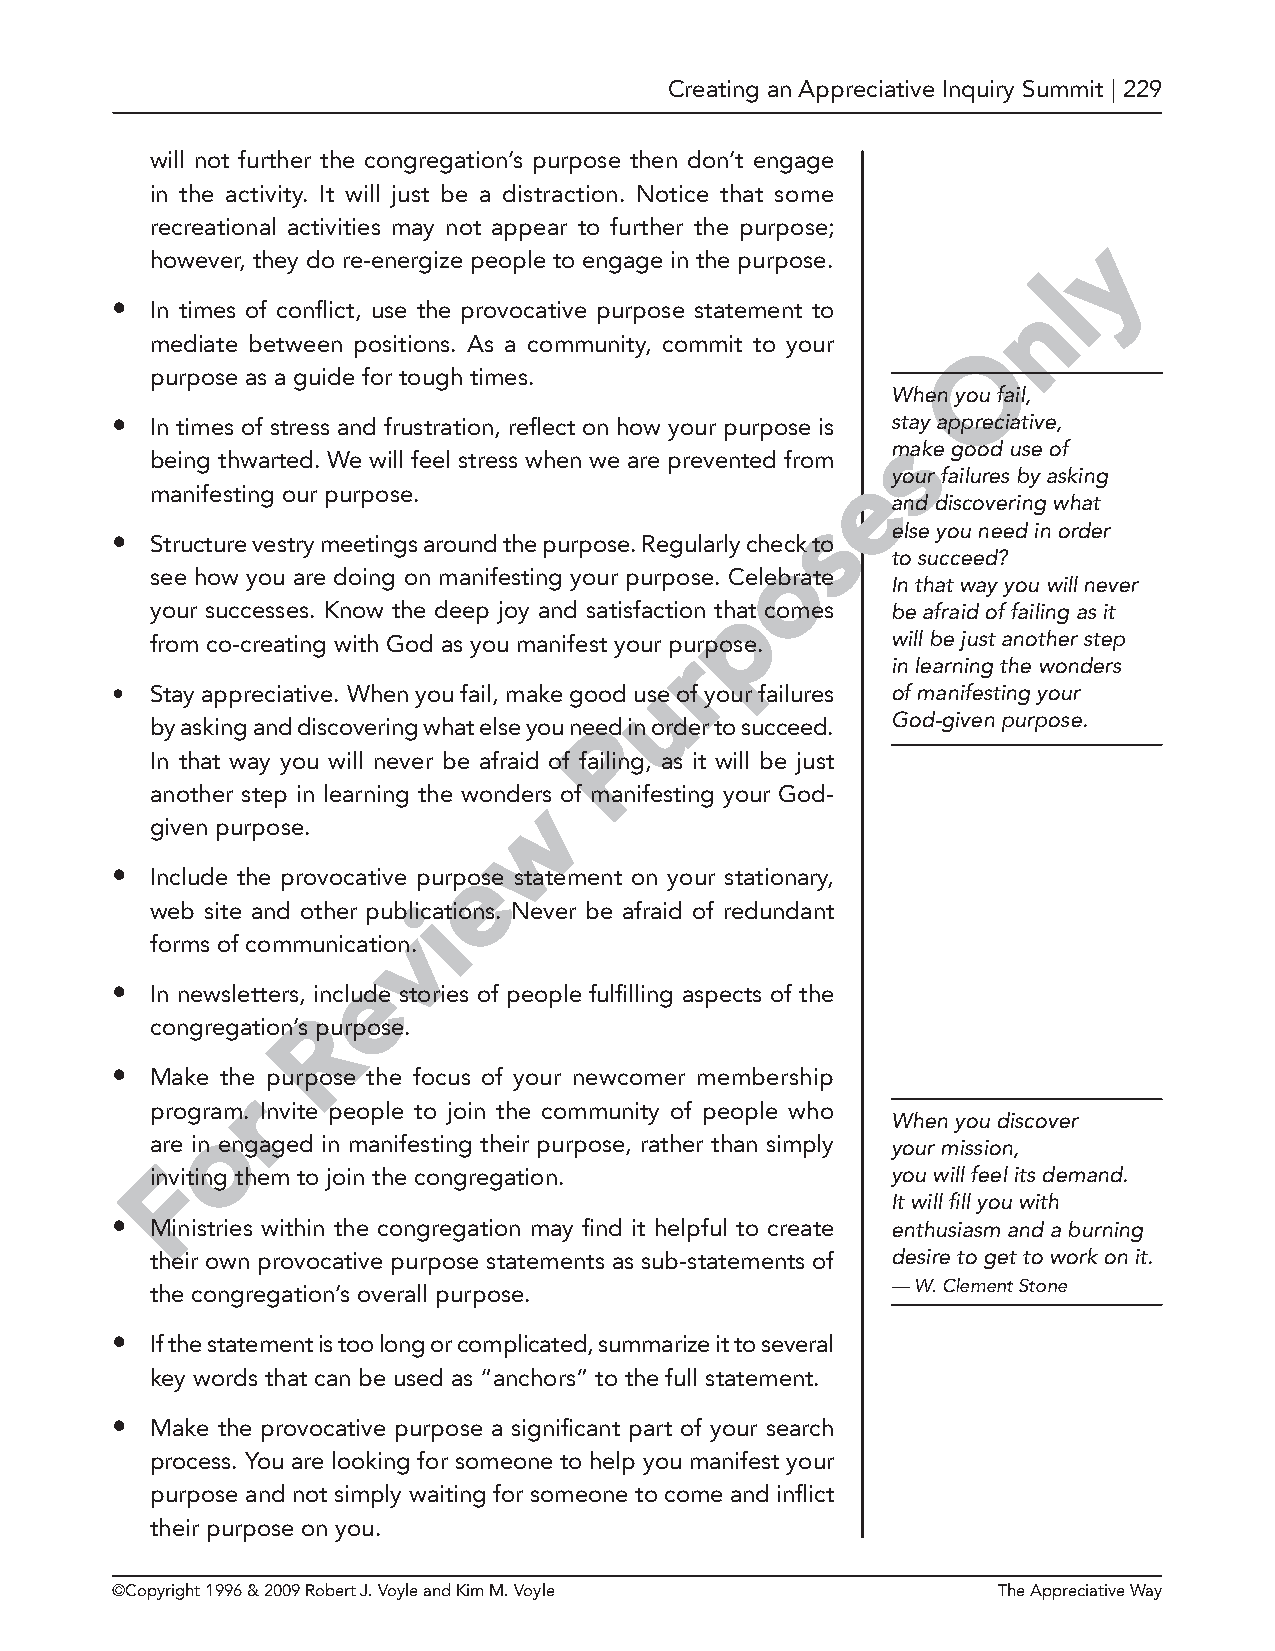
Creating an Appreciative Inquiry Summit | 229
 will not further the congregation’s purpose then don’t engage
 in the activity. It will just be a distraction. Notice that some
 recreational activities may not appear to further the purpose;
 y
 however, they do re-energize people to engage in the purpose.
 l
 •  In times of conflict, use the provocative purpose statement to n
 mediate between positions. As a community, commit to your O
 purpose as a guide for tough times.
 When you fail,
 •  In times of stress and frustration, reflect on how your purpose is stay appreciative,
 s
 make good use of
 being thwarted. We will feel stress when we are prevented from
 eyour failures by asking
 manifesting our purpose.
 and discovering what
 s
 else you need in order
 •  Structure vestry meetings around the purpose. Regularly check to
 o       to succeed?
 see how you are doing on manifesting your purpose. Celebrate
 In that way you will never
 p
 your successes. Know the deep joy and satisfaction that comes be afraid of failing as it
 from co-creating with God as you manifest your purpose. will be just another step
 r
 in learning the wonders
 u
 •  Stay appreciative. When you fail, make good use of your failures of manifesting your
 God-given purpose.
 by asking and discovering what else you neePd in order to succeed.
 In that way you will never be afraid of failing, as it will be just
 another step in learning the wondewrs of manifesting your God-
 given purpose.
 e
 •  Include the provocative purpose statement on your stationary,
 web site and other publiications. Never be afraid of redundant
 v
 forms of communication.
 e
 •  In newsletters, include stories of people fulfilling aspects of the
 R
 congregation’s purpose.
 •  Make the purpose the focus of your newcomer membership
 r
 program. Invite people to join the community of people who
 o                                             When you discover
 are in engaged in manifesting their purpose, rather than simply your mission,
 iF nviting them to join the congregation.        you will feel its demand.
 It will fill you with
 •  Ministries within the congregation may find it helpful to create enthusiasm and a burning
 their own provocative purpose statements as sub-statements of desire to get to work on it.
 — W. Clement Stone
 the congregation’s overall purpose.
 •  If the statement is too long or complicated, summarize it to several
 key words that can be used as “anchors” to the full statement.
 •  Make the provocative purpose a significant part of your search
 process. You are looking for someone to help you manifest your
 purpose and not simply waiting for someone to come and inflict
 their purpose on you.
 ©Copyright 1996 & 2009 Robert J. Voyle and Kim M. Voyle    The Appreciative Way